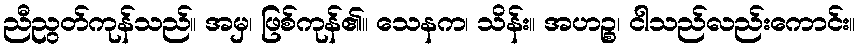
ညီညွတ်ကုန်သည်။ အမှ၊ ဖြစ်ကုန်၏။ သေနက၊ သိန်း။ အဟဉ္စ၊ ငါသည်လည်းကောင်း။